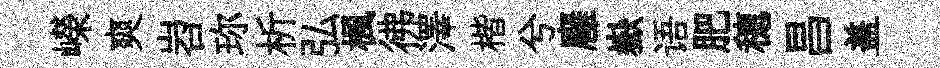
嶸爽岧珎析弘楓彿澤楷兮廱嶽语肥穂昌盖